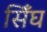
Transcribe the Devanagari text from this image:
सिँघ